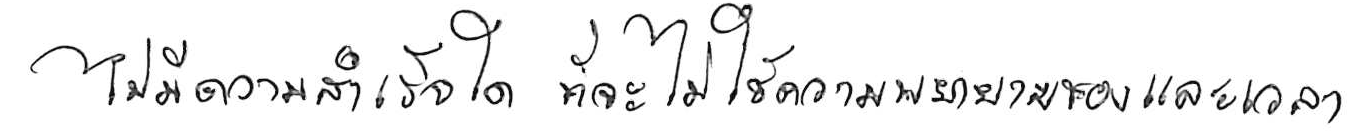
ไม่มีความสำเร็จใด ที่จะไม่ใช้ความพยายามและเวลา